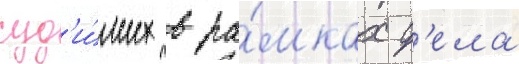
суд'и́мых в ра́мках д'ела